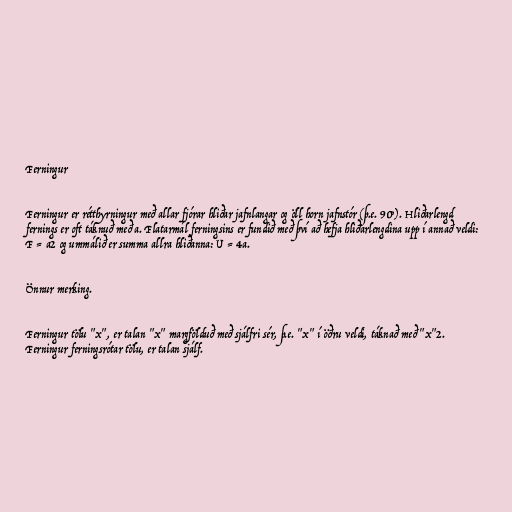
Ferningur

Ferningur er rétthyrningur með allar fjórar hliðar jafnlangar og öll horn jafnstór (þ.e. 90°). Hliðarlengd
fernings er oft táknuð með a. Flatarmál ferningsins er fundið með því að hefja hliðarlengdina upp í annað veldi:
F = a2 og ummálið er summa allra hliðanna: U = 4a.

Önnur merking.

Ferningur tölu "x", er talan "x" margfölduð með sjálfri sér, þ.e. "x" í öðru veldi, táknað með "x"2.
Ferningur ferningsrótar tölu, er talan sjálf.